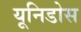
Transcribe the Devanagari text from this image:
यूनिडोस